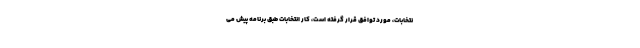
نتخابات، مورد توافق قرار گرفته است، کار انتخابات طبق برنامه پیش می